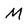
Character: M